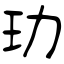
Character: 玏